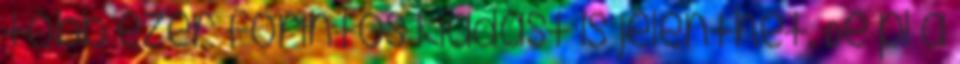
több ezer forintos kiadást is jelenthet. De pl a